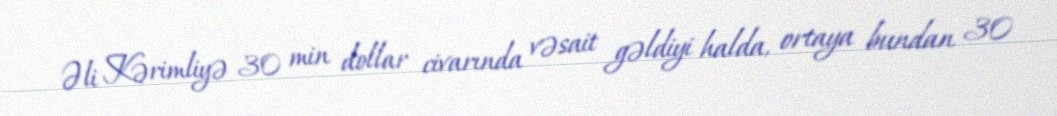
Əli Kərimliyə 30 min dollar civarında vəsait gəldiyi halda, ortaya bundan 30